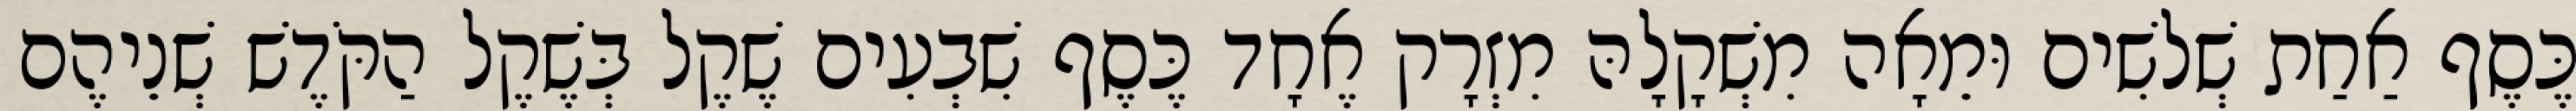
כֶּסֶף אַחַת שְׁלשִׁים וּמֵאָה מִשְׁקָלָהּ מִזְרָק אֶחָד כֶּסֶף שִׁבְעִים שֶׁקֶל בְּשֶׁקֶל הַקֹּדֶשׁ שְׁנֵיהֶם